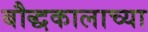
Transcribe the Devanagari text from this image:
बौद्धकालाच्या